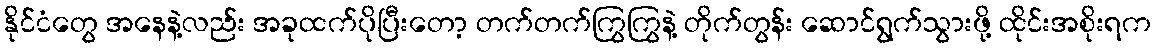
နိုင်ငံတွေ အနေနဲ့လည်း အခုထက်ပိုပြီးတော့ တက်တက်ကြွကြွနဲ့ တိုက်တွန်း ဆောင်ရွက်သွားဖို့ ထိုင်းအစိုးရက